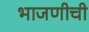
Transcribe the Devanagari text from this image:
भाजणीची